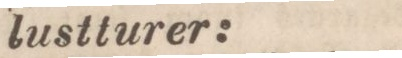
lustturer: